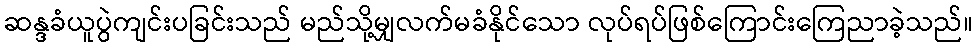
ဆန္ဒခံယူပွဲကျင်းပခြင်းသည် မည်သို့မျှလက်မခံနိုင်သော လုပ်ရပ်ဖြစ်ကြောင်းကြေညာခဲ့သည်။